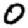
Digit: 0